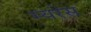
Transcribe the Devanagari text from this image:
म्यरेस